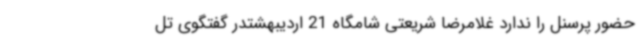
حضور پرسنل را ندارد غلامرضا شریعتی شامگاه 21 اردیبهشتدر گفتگوی تل